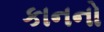
કાનનો